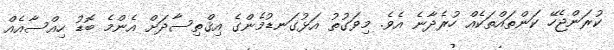
ކުރަންޖެހޭ ކަންތައްތަކެއް ހުރެދާނެ އެވެ. މިވަގުތު އަޅުގަނޑުމެންގެ އިޤްތިސާދަށް އެންމެ ބޮޑު ހިއްސާއެއް